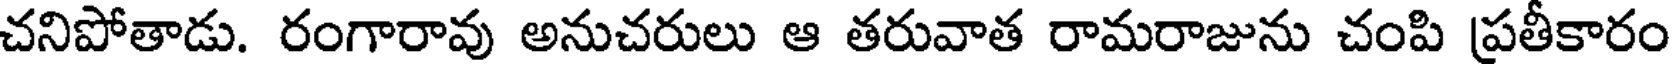
చనిపోతాడు. రంగారావు అనుచరులు ఆ తరువాత రామరాజును చంపి ప్రతీకారం